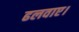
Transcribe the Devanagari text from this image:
ढलवाए।